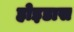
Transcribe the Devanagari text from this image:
होइडास